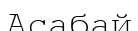
Асабай